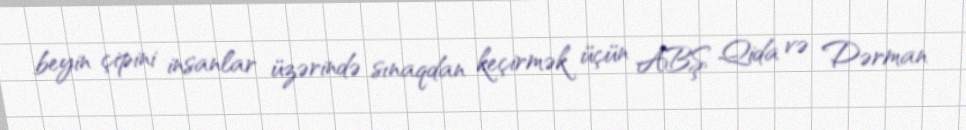
beyin çipini insanlar üzərində sınaqdan keçirmək üçün ABŞ Qida və Dərman